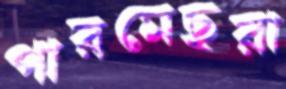
পারমেছরা